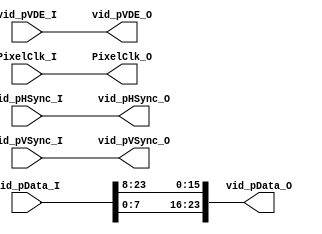
module test_filter(
    vid_pData_I,
    vid_pHSync_I,
    vid_pVSync_I,
    vid_pVDE_I,
    PixelClk_I,
    vid_pData_O,
    vid_pHSync_O,
    vid_pVSync_O,
    vid_pVDE_O,
    PixelClk_O
    );
    input [23:0] vid_pData_I;
    input vid_pHSync_I;
    input vid_pVSync_I;
    input vid_pVDE_I;
    input PixelClk_I;
    output [23:0] vid_pData_O;
    output vid_pHSync_O;
    output vid_pVSync_O;
    output vid_pVDE_O;
    output PixelClk_O;
    assign vid_pData_O[23:16] = vid_pData_I[7:0];
    assign vid_pData_O[15:8] = vid_pData_I[23:16];
    assign vid_pData_O[7:0] = vid_pData_I[15:8];
    assign vid_pVSync_O = vid_pVSync_I;
    assign vid_pHSync_O = vid_pHSync_I;
    assign vid_pVDE_O = vid_pVDE_I;
    assign PixelClk_O = PixelClk_I;
endmodule